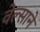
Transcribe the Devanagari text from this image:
वेल्साने